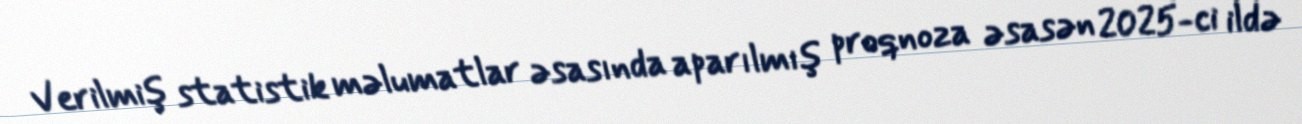
Verilmiş statistik məlumatlar əsasında aparılmış proqnoza əsasən 2025-ci ildə